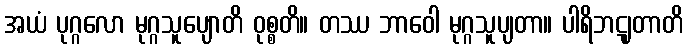
အယံ ပုဂ္ဂလော မုဂ္ဂသူပျောတိ ဝုစ္စတိ။ တဿ ဘာဝေါ မုဂ္ဂသူပျတာ။ ပါရိဘဋျတာတိ